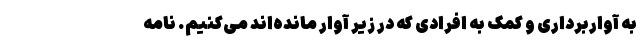
به آواربرداری و کمک به افرادی که در زیر آوار مانده‌اند می‌کنیم. نامه